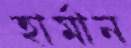
হার্মান